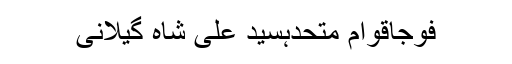
فوجاقوام متحدہسید علی شاہ گیلانی